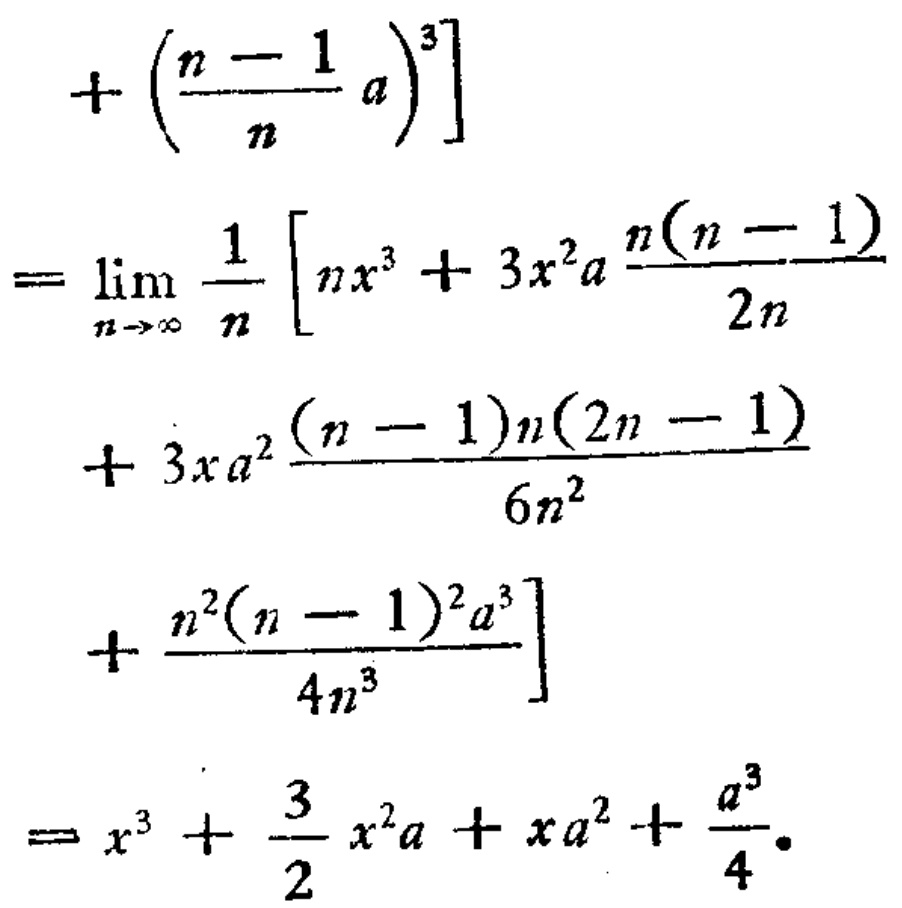
\[
\begin{align*}
&+\left(\frac{n - 1}{n}a\right)^3\right]\\
=&\lim_{n\rightarrow\infty}\frac{1}{n}\left[nx^3 + 3x^2a\frac{n(n - 1)}{2n}\right.\\
&+ 3xa^2\frac{(n - 1)n(2n - 1)}{6n^2}\\
&+\frac{n^2(n - 1)^2a^3}{4n^3}\\
=&x^3+\frac{3}{2}x^2a+xa^2+\frac{a^3}{4}.
\end{align*}
\]